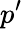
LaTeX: p^{\prime}